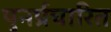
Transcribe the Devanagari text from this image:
पुनर्प्रचारित